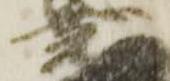
堯